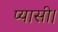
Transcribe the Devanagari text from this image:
प्यासी।